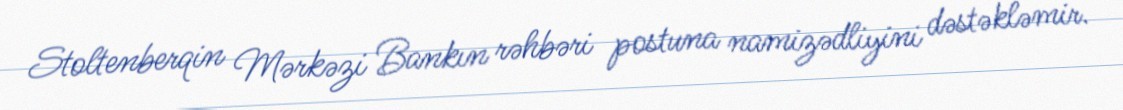
Stoltenberqin Mərkəzi Bankın rəhbəri postuna namizədliyini dəstəkləmir.